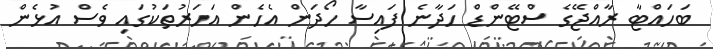
ބަހައްޓާ ރާއްޖޭގެ ސްޓޭންޑް ހަދާނެ ފައިސާ ހޯދަން އެހެން އަހަރުތަކުގައި ވެސް އުޅެން